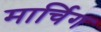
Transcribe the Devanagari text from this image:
मार्चिग